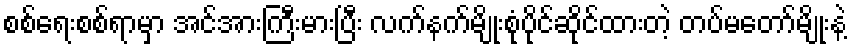
စစ်ရေးစစ်ရာမှာ အင်အားကြီးမားပြီး လက်နက်မျိုးစုံပိုင်ဆိုင်ထားတဲ့ တပ်မတော်မျိုးနဲ့